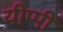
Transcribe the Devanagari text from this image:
यीप्पी